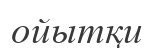
ойытқи